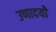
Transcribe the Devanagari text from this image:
उणादयो